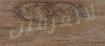
لاتعرفين